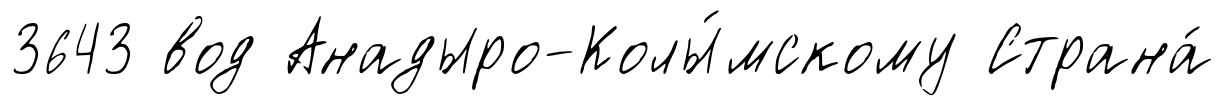
3643 вод Анадыро-Колы́мскому Страна́